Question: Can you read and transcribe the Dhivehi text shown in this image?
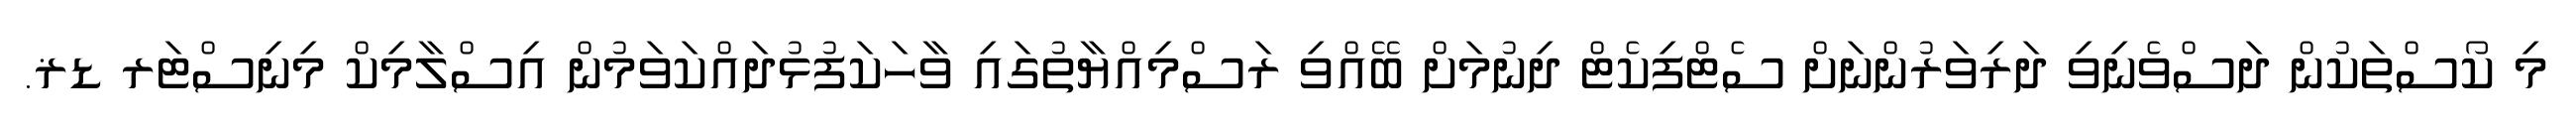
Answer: މި ކޯސްތަކުން ދަސްވެނިވި ދަރިވަރުންނަށް ސެޓްފިކެޓް ދިނުމަށް ބޭއްވި ރަސްމިއްޔާތުގައި ވާހަކަފުޅުދައްކަވަމުން އިސްލާމިކް މިނިސްޓަރ ޑޜ.